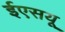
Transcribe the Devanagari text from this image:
ईएसयू